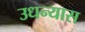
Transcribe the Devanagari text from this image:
उधन्यास